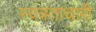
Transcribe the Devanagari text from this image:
स्वंत्रताचारी